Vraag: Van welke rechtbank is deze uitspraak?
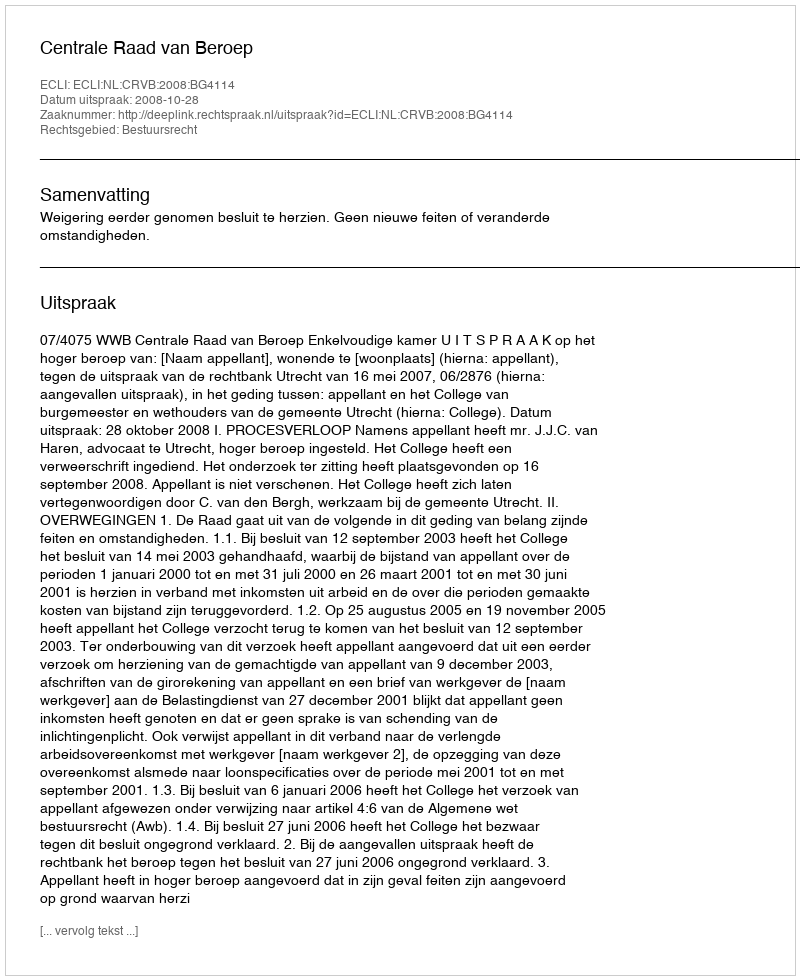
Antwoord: Centrale Raad van Beroep